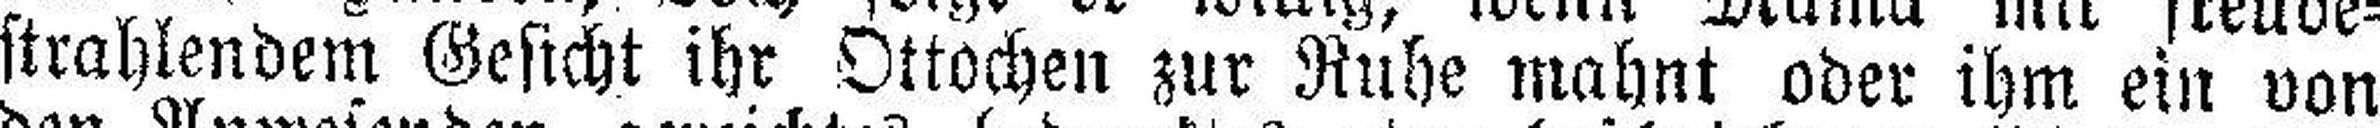
strahlendem Gesicht ihr Ottochen zur Ruhe mahnt oder ihm ein von